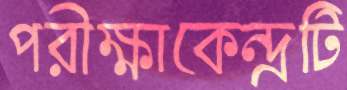
পরীক্ষাকেন্দ্রটি